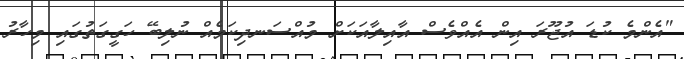
"އެންމެ ކުޑަ އުޖޫރަ އިން އެއްވެސް އާއިލާއަކަށް މުއްސަނދިކަމެއް ނުލިބޭ ހަގީގަތުގައި މިހާރު